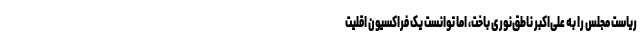
ریاست مجلس را به علی‌اکبر ناطق‌نوری باخت، اما توانست یک فراکسیون اقلیت